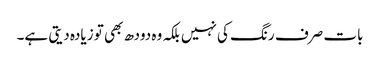
بات صرف رنگ کی نہیں بلکہ وہ دودھ بھی تو زیادہ دیتی ہے۔